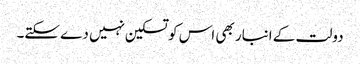
دولت کے انبار بھی اس کو تسکین نہیں دے سکتے۔